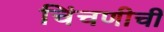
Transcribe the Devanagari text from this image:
चिंचणीची